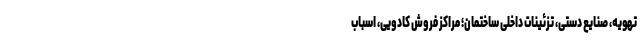
تهویه، صنایع دستی، تزئینات داخلی ساختمان؛ مراکز فروش کادویی، اسباب